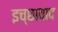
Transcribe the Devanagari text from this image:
इच्छावाद